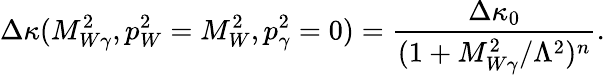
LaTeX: \Delta\kappa(M_{W\gamma}^{2},p_{W}^{2}=M_{W}^{2},p_{\gamma}^{2}=0)={\frac{\Delta\kappa_{0}}{(1+M_{W\gamma}^{2}/\Lambda^{2})^{n}}}.